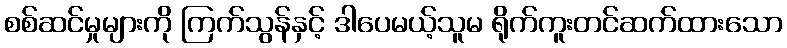
စစ်ဆင်မှုများကို ကြက်သွန်နှင့် ဒါပေမယ့်သူမ ရိုက်ကူးတင်ဆက်ထားသော